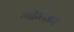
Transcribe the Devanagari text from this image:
अद्वैतिज़म